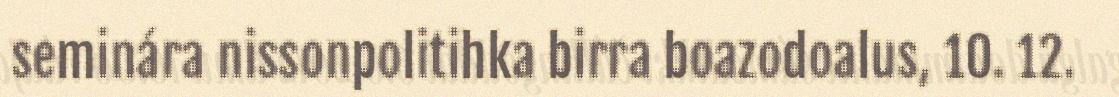
seminára nissonpolitihka birra boazodoalus, 10. 12.